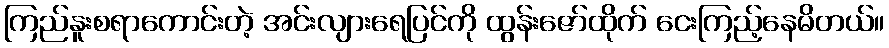
ကြည်နူးစရာကောင်းတဲ့ အင်းလျားရေပြင်ကို ထွန်းဇော်ထိုက် ငေးကြည့်နေမိတယ်။